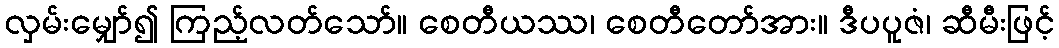
လှမ်းမျှော်၍ ကြည့်လတ်သော်။ စေတီယဿ၊ စေတီတော်အား။ ဒီပပူဇံ၊ ဆီမီးဖြင့်